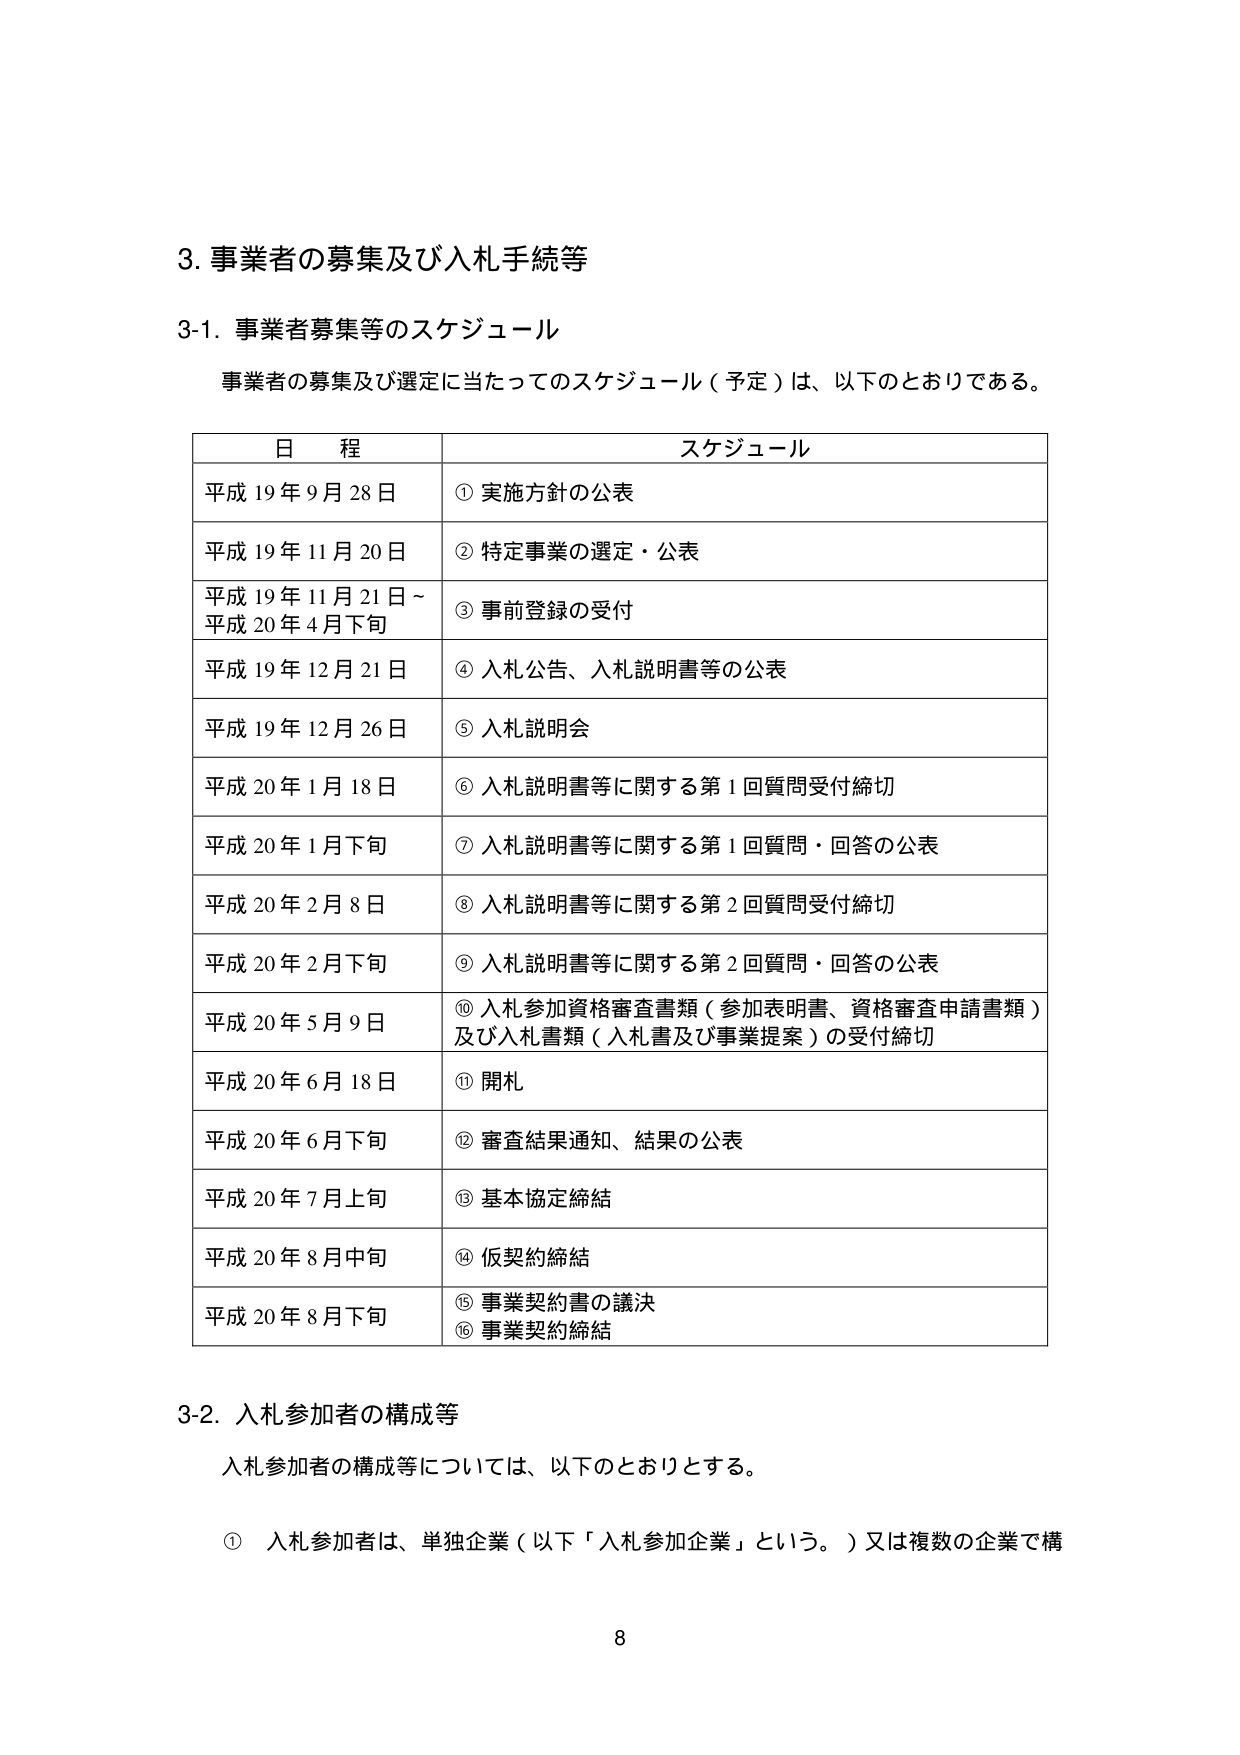
3. 事業者の募集及び入札手続等

3-1. 事業者募集等のスケジュール

事業者の募集及び選定に当たってのスケジュール（予定）は、以下のとおりである。

日程 スケジュール
平成19年9月28日 ① 実施方針の公表
平成19年11月20日 ② 特定事業の選定・公表
平成19年11月21日～ 平成20年4月下旬 ③ 事前登録の受付
平成19年12月21日 ④ 入札公告、入札説明書等の公表
平成19年12月26日 ⑤ 入札説明会
平成20年1月18日 ⑥ 入札説明書等に関する第1回質問受付締切
平成20年1月下旬 ⑦ 入札説明書等に関する第1回質問・回答の公表
平成20年2月8日 ⑧ 入札説明書等に関する第2回質問受付締切
平成20年2月下旬 ⑨ 入札説明書等に関する第2回質問・回答の公表
平成20年5月9日 ⑩ 入札参加資格審査書類（参加表明書、資格審査申請書類）及び入札書類（入札書及び事業提案）の受付締切
平成20年6月18日 ⑪ 開札
平成20年6月下旬 ⑫ 審査結果通知、結果の公表
平成20年7月上旬 ⑬ 基本協定締結
平成20年8月中旬 ⑭ 仮契約締結
平成20年8月下旬 ⑮ 事業契約書の議決
⑯ 事業契約締結

3-2. 入札参加者の構成等

入札参加者の構成等については、以下のとおりとする。

① 入札参加者は、単独企業（以下「入札参加企業」という。）又は複数の企業で構

8